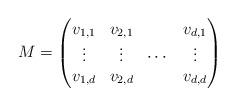
LaTeX: \begin{align*} M = \begin{pmatrix}v_{1,1} & v_{2,1} & & v_{d,1}\\\vdots & \vdots & \cdots & \vdots\\v_{1,d} & v_{2,d} & & v_{d,d} \end{pmatrix}\end{align*}